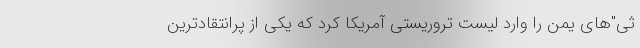
ثی‌"های یمن را وارد لیست تروریستی آمریکا کرد که یکی از پرانتقادترین